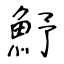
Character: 魣